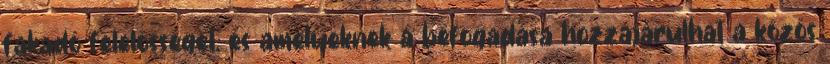
fakadó felelősséget, és amelyeknek a befogadása hozzájárulhat a közös